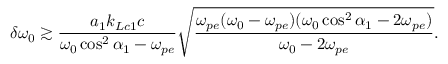
\delta \omega _ { 0 } \gtrsim \frac { a _ { 1 } k _ { L c 1 } c } { \omega _ { 0 } \cos ^ { 2 } \alpha _ { 1 } - \omega _ { p e } } \sqrt { \frac { \omega _ { p e } ( \omega _ { 0 } - \omega _ { p e } ) ( \omega _ { 0 } \cos ^ { 2 } \alpha _ { 1 } - 2 \omega _ { p e } ) } { \omega _ { 0 } - 2 \omega _ { p e } } } .